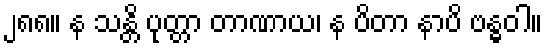
၂၈၈။ န သန္တိ ပုတ္တာ တာဏာယ၊ န ပိတာ နာပိ ဗန္ဓဝါ။